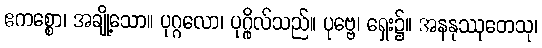
ဧကစ္စော၊ အချို့သော။ ပုဂ္ဂလော၊ ပုဂ္ဂိုလ်သည်။ ပုဗ္ဗေ၊ ရှေး၌။ အနနုဿုတေသု၊